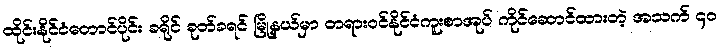
ထိုင်းနိုင်ငံတောင်ပိုင်း ခရိုင် ခုတ်ခရင် မြို့နယ်မှာ တရားဝင်နိုင်ငံကူးစာအုပ် ကိုင်ဆောင်ထားတဲ့ အသက် ၄၀